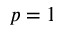
p = 1